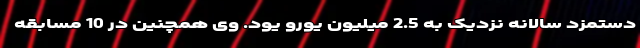
دستمزد سالانه نزدیک به 2.5 میلیون یورو یود. وی همچنین در 10 مسابقه